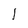
Character: 1